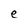
Character: e